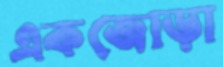
একজোড়া